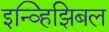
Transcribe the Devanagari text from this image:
इन्व्हिझिबल